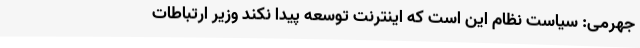
جهرمی: سیاست نظام این است که اینترنت توسعه پیدا نکند وزیر ارتباطات